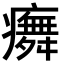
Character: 𭼳